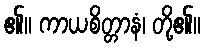
၏။ ကာယစိတ္တာနံ၊ တို့၏။